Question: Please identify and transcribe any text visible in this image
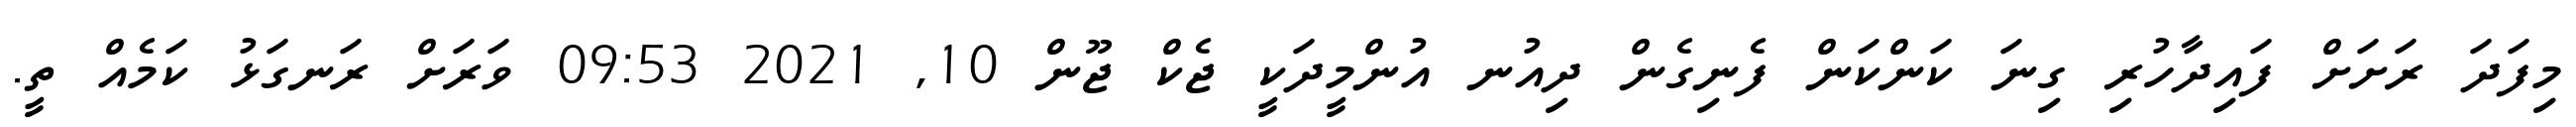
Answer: މިފަދަ ރަށަށް ފައިދާހުރި ގިނަ ކަންކަން ފެނިގެން ދިއުނ އުންމީދަކީ ޖެކް ޖޫން 10, 2021 09:53 ވަރަށް ރަނގަޅު ކަމެއް ތީ.